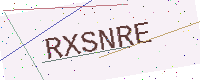
Text: RXSNRE